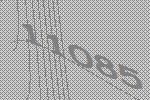
11085